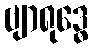
ဗျာရုဒ္ဓေ